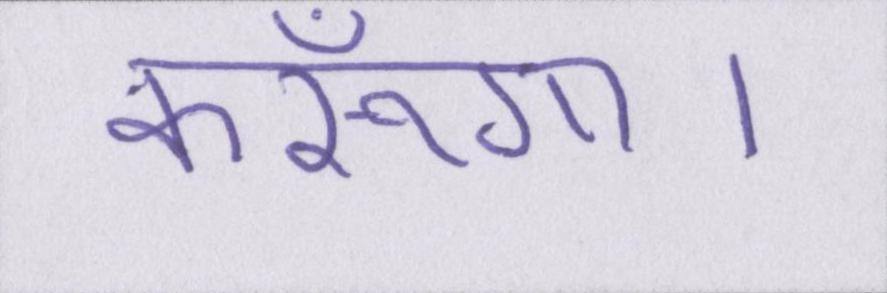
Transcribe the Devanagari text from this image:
करूँगा।